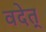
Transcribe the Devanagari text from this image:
वदेत्